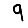
Digit: 9